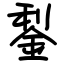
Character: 鋫